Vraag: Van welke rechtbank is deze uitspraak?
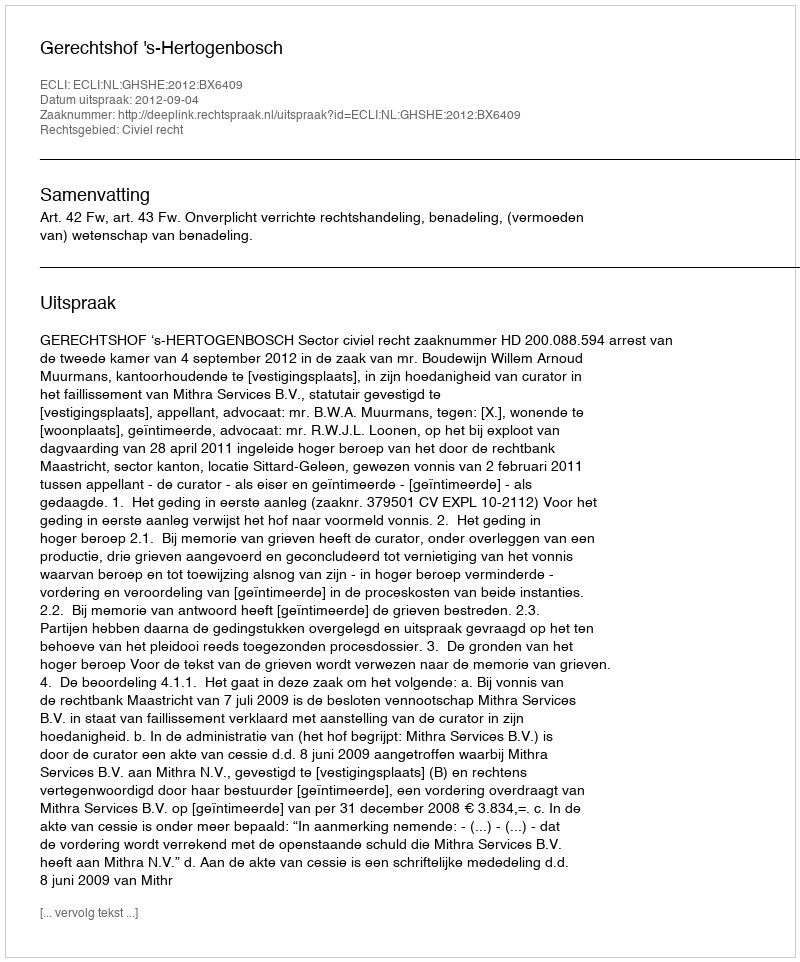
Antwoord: Gerechtshof 's-Hertogenbosch